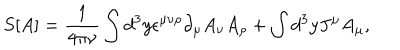
LaTeX: S [ A ] = \frac { 1 } { 4 \pi \nu } \int d ^ { 3 } y \epsilon ^ { \mu \nu \rho } \partial _ { \mu } A _ { \nu } A _ { \rho } + \int d ^ { 3 } y J ^ { \mu } A _ { \mu } ,